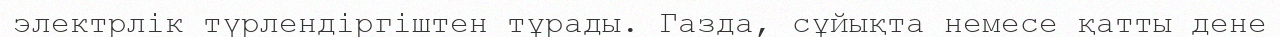
электрлік түрлендіргіштен тұрады. Газда, сұйықта немесе қатты дене